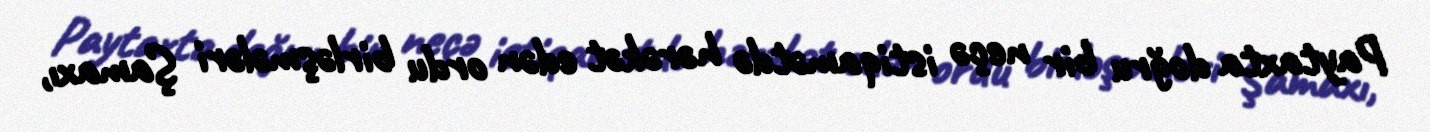
Paytaxta doğru bir neçə istiqamətdə hərəkət edən ordu birləşmələri Şamaxı,